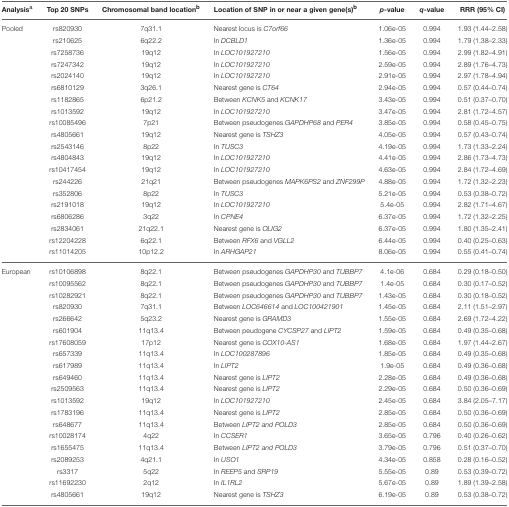
<table><thead><tr><td><b>Analysis<sup>a</sup></b></td><td><b>Top 20 SNPs</b></td><td><b>Chromosomal band location<sup>b</sup></b></td><td><b>Location of SNP in or near a given gene(s)<sup>b</sup></b></td><td><b><i>p</i>-value</b></td><td><b><i>q</i>-value</b></td><td><b>RRR (95% CI)</b></td></tr></thead><tbody><tr><td>Pooled</td><td>rs820930</td><td>7q31.1</td><td>Nearest locus is <i>C7orf66</i></td><td>1.06e-05</td><td>0.994</td><td>1.93 (1.44–2.58)</td></tr><tr><td></td><td>rs210625</td><td>6q22.2</td><td>In <i>DCBLD1</i></td><td>1.36e-05</td><td>0.994</td><td>1.79 (1.38–2.33)</td></tr><tr><td></td><td>rs7258736</td><td>19q12</td><td>In <i>LOC101927210</i></td><td>1.56e-05</td><td>0.994</td><td>2.99 (1.82–4.91)</td></tr><tr><td></td><td>rs7247342</td><td>19q12</td><td>In <i>LOC101927210</i></td><td>2.59e-05</td><td>0.994</td><td>2.89 (1.76–4.73)</td></tr><tr><td></td><td>rs2024140</td><td>19q12</td><td>In <i>LOC101927210</i></td><td>2.91e-05</td><td>0.994</td><td>2.97 (1.78–4.94)</td></tr><tr><td></td><td>rs6810129</td><td>3q26.1</td><td>Nearest gene is <i>CT64</i></td><td>2.94e-05</td><td>0.994</td><td>0.57 (0.44–0.74)</td></tr><tr><td></td><td>rs1182865</td><td>6p21.2</td><td>Between <i>KCNK5</i> and <i>KCNK17</i></td><td>3.43e-05</td><td>0.994</td><td>0.51 (0.37–0.70)</td></tr><tr><td></td><td>rs1013592</td><td>19q12</td><td>In <i>LOC101927210</i></td><td>3.47e-05</td><td>0.994</td><td>2.81 (1.72–4.57)</td></tr><tr><td></td><td>rs10085496</td><td>7p21</td><td>Between pseudogenes <i>GAPDHP68</i> and <i>PER4</i></td><td>3.85e-05</td><td>0.994</td><td>0.58 (0.45–0.75)</td></tr><tr><td></td><td>rs4805661</td><td>19q12</td><td>Nearest gene is <i>TSHZ3</i></td><td>4.05e-05</td><td>0.994</td><td>0.57 (0.43–0.74)</td></tr><tr><td></td><td>rs2543146</td><td>8p22</td><td>In <i>TUSC3</i></td><td>4.19e-05</td><td>0.994</td><td>1.73 (1.33–2.24)</td></tr><tr><td></td><td>rs4804843</td><td>19q12</td><td>In <i>LOC101927210</i></td><td>4.41e-05</td><td>0.994</td><td>2.86 (1.73–4.73)</td></tr><tr><td></td><td>rs10417454</td><td>19q12</td><td>In <i>LOC101927210</i></td><td>4.63e-05</td><td>0.994</td><td>2.84 (1.72–4.69)</td></tr><tr><td></td><td>rs244226</td><td>21q21</td><td>Between pseudogenes <i>MAPK6PS2</i> and <i>ZNF299P</i></td><td>4.88e-05</td><td>0.994</td><td>1.72 (1.32–2.23)</td></tr><tr><td></td><td>rs352806</td><td>8p22</td><td>In <i>TUSC3</i></td><td>5.21e-05</td><td>0.994</td><td>0.53 (0.38–0.72)</td></tr><tr><td></td><td>rs2191018</td><td>19q12</td><td>In <i>LOC101927210</i></td><td>5.4e-05</td><td>0.994</td><td>2.82 (1.71–4.67)</td></tr><tr><td></td><td>rs6806286</td><td>3q22</td><td>In <i>CPNE4</i></td><td>6.37e-05</td><td>0.994</td><td>1.72 (1.32–2.25)</td></tr><tr><td></td><td>rs2834061</td><td>21q22.1</td><td>Nearest gene is <i>OLIG2</i></td><td>6.37e-05</td><td>0.994</td><td>1.80 (1.35–2.41)</td></tr><tr><td></td><td>rs12204228</td><td>6q22.1</td><td>Between <i>RFX6</i> and <i>VGLL2</i></td><td>6.44e-05</td><td>0.994</td><td>0.40 (0.25–0.63)</td></tr><tr><td></td><td>rs11014205</td><td>10p12.2</td><td>In <i>ARHGAP21</i></td><td>8.06e-05</td><td>0.994</td><td>0.55 (0.41–0.74)</td></tr><tr><td>European</td><td>rs10106898</td><td>8q22.1</td><td>Between pseudogenes <i>GAPDHP30</i> and <i>TUBBP7</i></td><td>4.1e-06</td><td>0.684</td><td>0.29 (0.18–0.50)</td></tr><tr><td></td><td>rs10095562</td><td>8q22.1</td><td>Between pseudogenes <i>GAPDHP30</i> and <i>TUBBP7</i></td><td>1.4e-05</td><td>0.684</td><td>0.30 (0.17–0.52)</td></tr><tr><td></td><td>rs10282921</td><td>8q22.1</td><td>Between pseudogenes <i>GAPDHP30</i> and <i>TUBBP7</i></td><td>1.43e-05</td><td>0.684</td><td>0.30 (0.18–0.52)</td></tr><tr><td></td><td>rs820930</td><td>7q31.1</td><td>Between <i>LOC646614</i> and <i>LOC100421901</i></td><td>1.45e-05</td><td>0.684</td><td>2.11 (1.51–2.97)</td></tr><tr><td></td><td>rs266642</td><td>5q23.2</td><td>Nearest gene is <i>GRAMD3</i></td><td>1.55e-05</td><td>0.684</td><td>2.69 (1.72–4.22)</td></tr><tr><td></td><td>rs601904</td><td>11q13.4</td><td>Between peudogene <i>CYCSP27</i> and <i>LIPT2</i></td><td>1.59e-05</td><td>0.684</td><td>0.49 (0.35–0.68)</td></tr><tr><td></td><td>rs17608059</td><td>17p12</td><td>Nearest gene is <i>COX10-AS1</i></td><td>1.68e-05</td><td>0.684</td><td>1.97 (1.44–2.67)</td></tr><tr><td></td><td>rs657339</td><td>11q13.4</td><td>In <i>LOC100287896</i></td><td>1.85e-05</td><td>0.684</td><td>0.49 (0.35–0.68)</td></tr><tr><td></td><td>rs617989</td><td>11q13.4</td><td>In <i>LIPT2</i></td><td>1.9e-05</td><td>0.684</td><td>0.49 (0.36–0.68)</td></tr><tr><td></td><td>rs649460</td><td>11q13.4</td><td>Nearest gene is <i>LIPT2</i></td><td>2.28e-05</td><td>0.684</td><td>0.49 (0.36–0.68)</td></tr><tr><td></td><td>rs2509563</td><td>11q13.4</td><td>Nearest gene is <i>LIPT2</i></td><td>2.29e-05</td><td>0.684</td><td>0.50 (0.36–0.69)</td></tr><tr><td></td><td>rs1013592</td><td>19q12</td><td>In <i>LOC101927210</i></td><td>2.45e-05</td><td>0.684</td><td>3.84 (2.05–7.17)</td></tr><tr><td></td><td>rs1783196</td><td>11q13.4</td><td>Nearest gene is <i>LIPT2</i></td><td>2.85e-05</td><td>0.684</td><td>0.50 (0.36–0.69)</td></tr><tr><td></td><td>rs648677</td><td>11q13.4</td><td>Between <i>LIPT2 and POLD3</i></td><td>2.85e-05</td><td>0.684</td><td>0.50 (0.36–0.69)</td></tr><tr><td></td><td>rs10028174</td><td>4q22</td><td>In <i>CCSER1</i></td><td>3.65e-05</td><td>0.796</td><td>0.40 (0.26–0.62)</td></tr><tr><td></td><td>rs1655475</td><td>11q13.4</td><td>Between <i>LIPT2 and POLD3</i></td><td>3.79e-05</td><td>0.796</td><td>0.51 (0.37–0.70)</td></tr><tr><td></td><td>rs2089253</td><td>4q21.1</td><td>In <i>USO1</i></td><td>4.34e-05</td><td>0.858</td><td>0.28 (0.16–0.52)</td></tr><tr><td></td><td>rs3317</td><td>5q22</td><td>In <i>REEP5</i> and <i>SRP19</i></td><td>5.55e-05</td><td>0.89</td><td>0.53 (0.39–0.72)</td></tr><tr><td></td><td>rs11692230</td><td>2q12</td><td>In <i>IL1RL2</i></td><td>5.67e-05</td><td>0.89</td><td>1.89 (1.39–2.58)</td></tr><tr><td></td><td>rs4805661</td><td>19q12</td><td>Nearest gene is <i>TSHZ3</i></td><td>6.19e-05</td><td>0.89</td><td>0.53 (0.38–0.72)</td></tr></tbody></table>